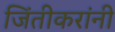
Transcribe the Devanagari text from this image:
जिंतीकरांनी